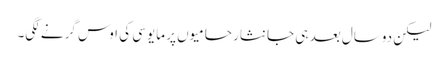
لیکن دوسال بعد ہی جانثار حامیوں پر مایوسی کی اوس گرنے لگی۔